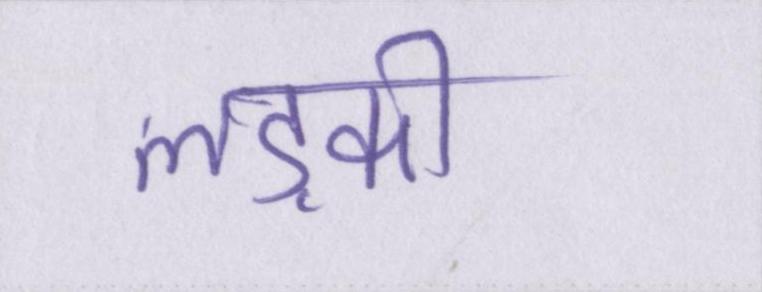
लड़की